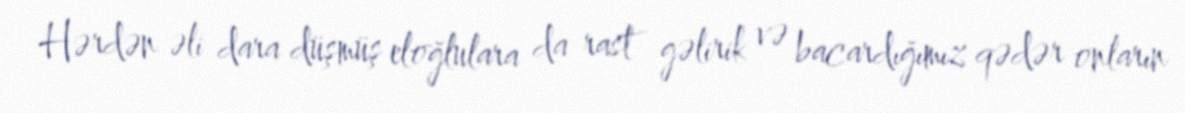
Hərdən əli dara düşmüş eloğlulara da rast gəlirik və bacardığımız qədər onların